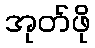
အုတ်ဖို